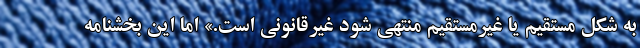
به شکل مستقیم یا غیرمستقیم منتهی شود غیرقانونی است.» اما این بخشنامه